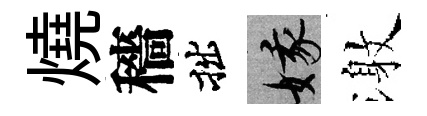
燒穡拙娥激